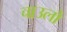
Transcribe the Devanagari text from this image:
चाउलों